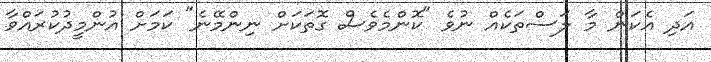
އަދި އެކަން މާ ލަސްތަކެއް ނުވެ "ކޮންމެވެސް ގޮތަކަށް ނިންމޭނެ" ކަމަށް އުންމީދުކުރައްވާ